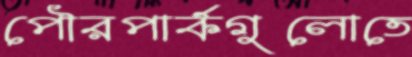
পৌরপার্কগুলোতে